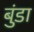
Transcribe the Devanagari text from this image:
बुंडा